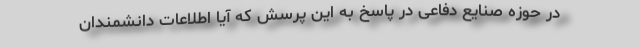
در حوزه صنایع دفاعی در پاسخ به این پرسش که آیا اطلاعات دانشمندان